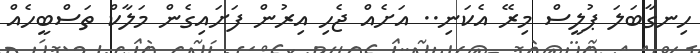
ހިނގާބަލަ ޕުލީސް މިރޭ އެކަނި.. އަށެއް ޖެހި އިރުން ފަށައިގެން މަލާކް ތަސްބީހެއް